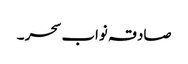
صادقہ نواب سحر ۔